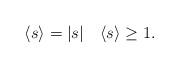
LaTeX: \begin{align*}\langle s\rangle=|s|\quad \langle s\rangle\ge 1 .\end{align*}